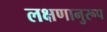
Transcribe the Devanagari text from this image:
लक्षणानुरूप